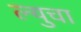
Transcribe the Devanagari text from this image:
ल्युचा